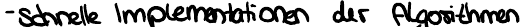
- schnelle Implementationen der Algorithmen